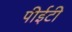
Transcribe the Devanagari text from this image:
पीईटी